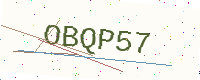
Text: OBQP57